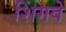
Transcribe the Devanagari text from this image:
शिंगवे